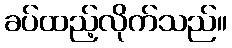
ခပ်ထည့်လိုက်သည်။